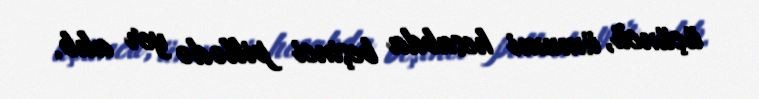
üçüncü, ümumi hesabda beşinci pillədə yer alıb.